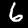
Digit: 6